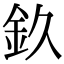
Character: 𨥆